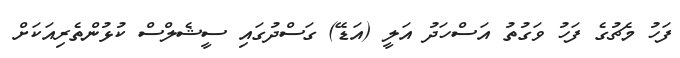
ފަހު މެޗުގެ ފަހު ވަގުތު އަސްހަދު އަލީ (އަޑޭ) ގަސްދުގައި ސީޝެލްސް ކުޅުންތެރިއަކަށް